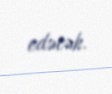
edəcək.